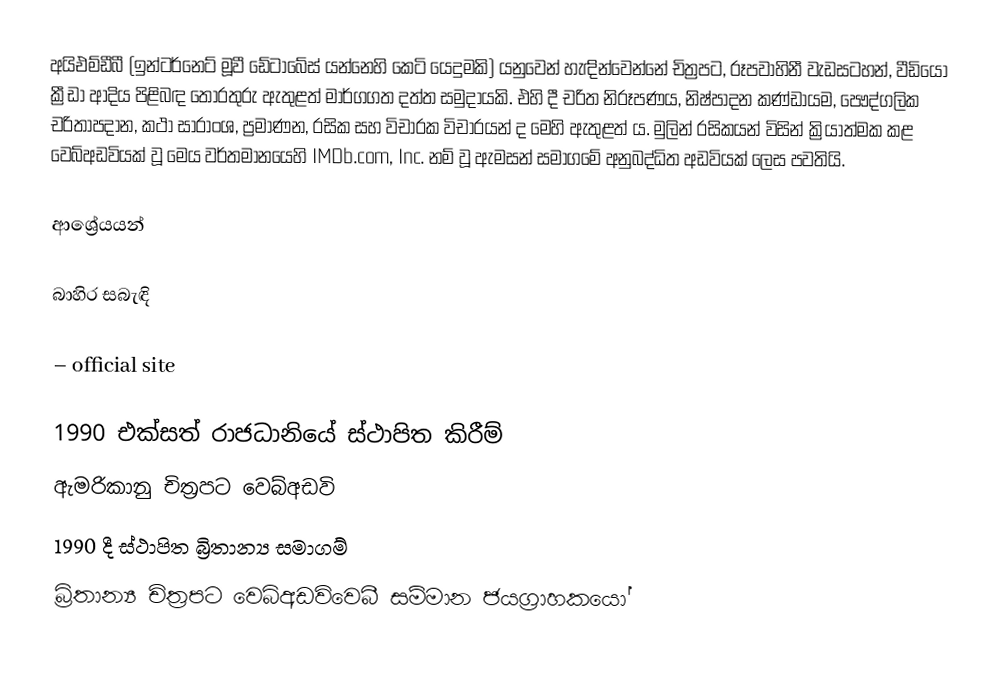
අයිඑම්ඩීබී (ඉන්ටර්නෙට් මූවී ඩේටාබේස් යන්නෙහි කෙටි යෙදුමකි) යනුවෙන් හැඳින්වෙන්නේ චිත්‍රපට, රූපවාහිනී වැඩසටහන්, වීඩියෝ ක්‍රීඩා ආදිය පිළිබඳ තොරතුරු ඇතුළත් මාර්ගගත දත්ත සමුදායකි. එහි දී චරිත නිරූපණය, නිෂ්පාදන කණ්ඩායම, පෞද්ගලික චරිතාපදාන, කථා සාරාංශ, ප්‍රමාණන, රසික සහ විචාරක විචාරයන් ද මෙහි ඇතුළත් ය. මුලින් රසිකයන් විසින් ක්‍රියාත්මක කළ වෙබ්අඩවියක් වූ මෙය වර්තමානයෙහි IMDb.com, Inc. නම් වූ ඇමසන් සමාගමේ අනුබද්ධිත අඩවියක් ලෙස පවතියි.

ආශ්‍රේයයන්

බාහිර සබැඳි

  – official site

1990 එක්සත් ‍රාජධානියේ ස්ථාපිත කිරීම්
ඇමරිකානු චිත්‍රපට වෙබ්අඩවි
1990 දී ස්ථාපිත බ්‍රිතාන්‍ය සමාගම්
බ්‍රිතාන්‍ය චිත්‍රපට වෙබ්අඩවිවෙබී සම්මාන ජයග්‍රාහකයෝ